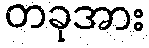
တခုအား